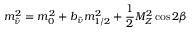
m _ { \tilde { \nu } } ^ { 2 } = m _ { 0 } ^ { 2 } + b _ { \tilde { \nu } } m _ { 1 / 2 } ^ { 2 } + { \frac { 1 } { 2 } } M _ { Z } ^ { 2 } \cos 2 \beta